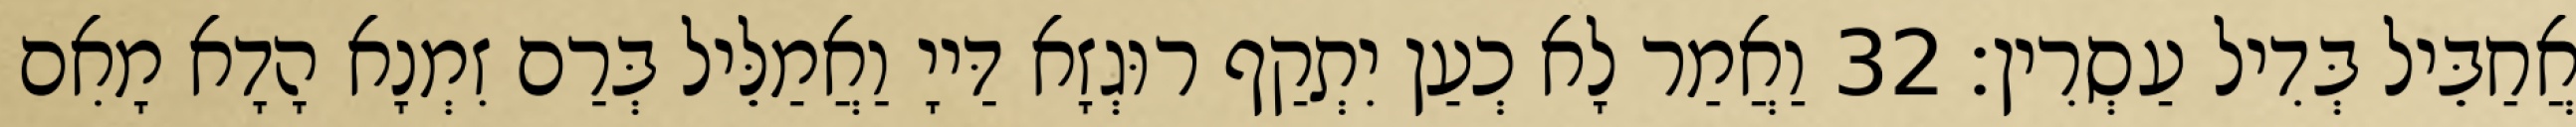
אֲחַבֵּיל בְּדִיל עַסְרִין׃ 32 וַאֲמַר לָא כְעַן יִתְקַף רוּגְזָא דַּייָ וַאֲמַלֵּיל בְּרַם זִמְנָא הָדָא מָאִם